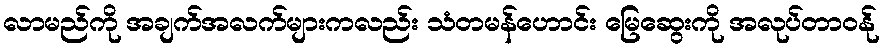
လာမည်ကို အချက်အလက်များကလည်း သံတမန်ဟောင်း မြေဆွေးကို အလုပ်တာဝန်ု